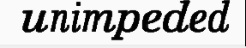
unimpeded